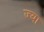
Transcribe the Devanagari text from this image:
ज्‍या